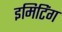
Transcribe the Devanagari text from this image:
इमिटिंग